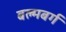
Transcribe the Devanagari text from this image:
बल्मबर्ग